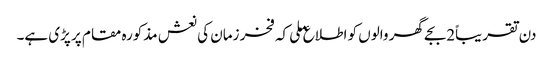
دن تقریباً2بجے گھر والوں کو اطلاع ملی کہ فخر زمان کی نعش مذکورہ مقام پر پڑی ہے۔